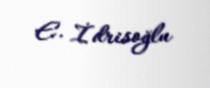
E. İdrisoğlu